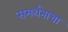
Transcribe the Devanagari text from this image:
समर्थनाचा